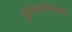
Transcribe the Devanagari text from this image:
कुणब्यांप्रमाणें